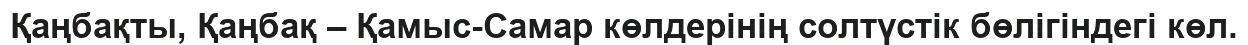
Қаңбақты, Қаңбақ – Қамыс-Самар көлдерінің солтүстік бөлігіндегі көл.